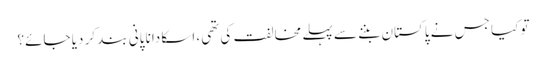
تو کیا جس نے پاکستان بننے سے پہلے مخالفت کی تھی، اسکا دانا پانی بند کر دیا جائے؟